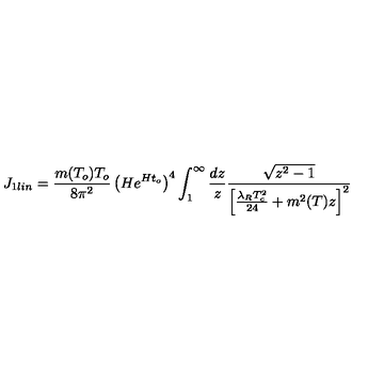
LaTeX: J _ { 1 l i n } = \frac { m ( T _ { o } ) T _ { o } } { 8 \pi ^ { 2 } } \left( H e ^ { H t _ { o } } \right) ^ { 4 } \int _ { 1 } ^ { \infty } \frac { d z } { z } \frac { \sqrt { z ^ { 2 } - 1 } } { \left[ \frac { \lambda _ { R } T _ { c } ^ { 2 } } { 2 4 } + m ^ { 2 } ( T ) z \right] ^ { 2 } }